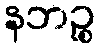
နဘဉ္စ